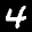
Label: 4